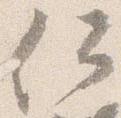
何